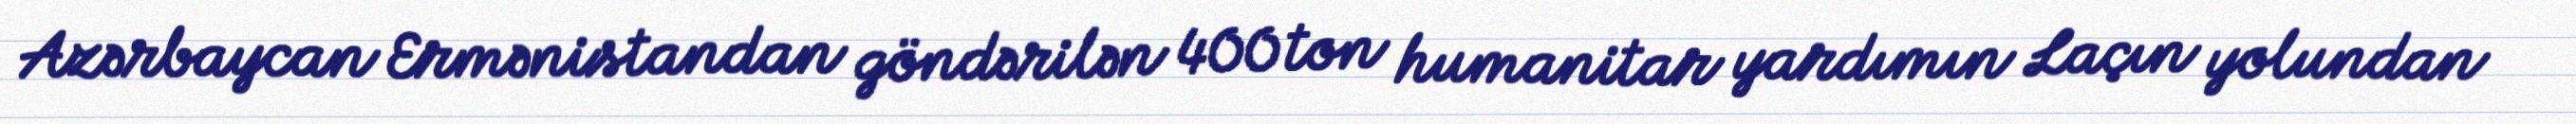
Azərbaycan Ermənistandan göndərilən 400 ton humanitar yardımın Laçın yolundan